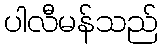
ပါလီမန်သည်